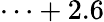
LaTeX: \cdots+2.6